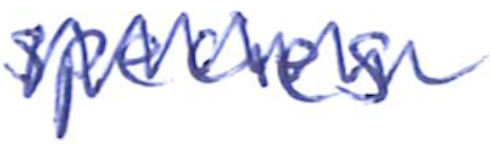
Text: species
Cross-out: zig-zag
Writing tool: ballpoint